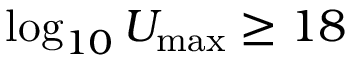
\log _ { 1 0 } U _ { \mathrm { m a x } } \ge 1 8